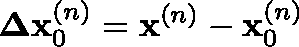
\mathbf { \Delta x } _ { 0 } ^ { ( n ) } = \mathbf { x } ^ { ( n ) } - \mathbf { x } _ { 0 } ^ { ( n ) }